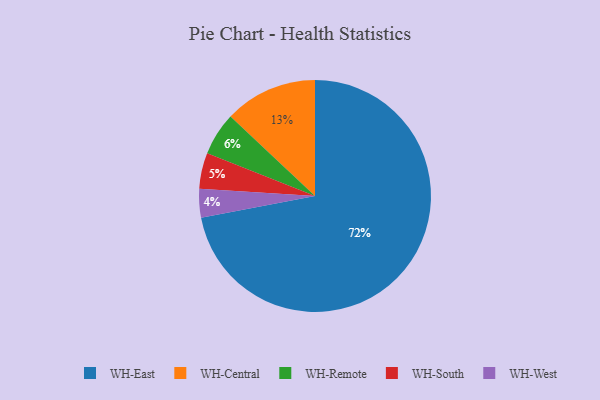
{"axis": {"x": "Category", "y": "Percentage"}, "legend": ["WH-Central", "WH-East", "WH-Remote", "WH-South", "WH-West"], "data": [{"x": "WH-Central", "y": 13, "type": "WH-Central"}, {"x": "WH-South", "y": 5, "type": "WH-South"}, {"x": "WH-Remote", "y": 6, "type": "WH-Remote"}, {"x": "WH-West", "y": 4, "type": "WH-West"}, {"x": "WH-East", "y": 72, "type": "WH-East"}]}